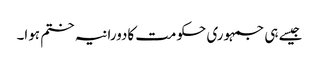
جیسے ہی جمہوری حکومت کادورانیہ ختم ہوا۔